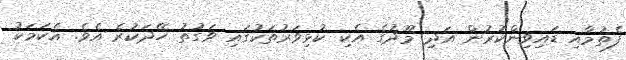
ފެތުމާއި ޑައިވިންކުރުން އަދި މޫދުގެ އެކި ކުޅިވަރުތަކުގައި ވަގުތު ހޭދަކުރެ އެވެ. އެކަމަކު